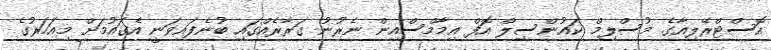
އޮސްޓްރޭލިއާގެ މުސްލިމް ކައުންސިލް އޮފް އިމާމްސްއިން ނެރުނު ގަރާރެއްގައި ބުނެފައިވަނީ އެގައުމަށް މިއަހަރުގެ